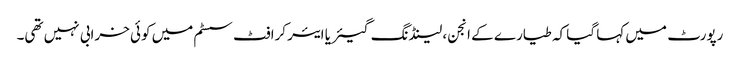
رپورٹ میں کہا گیا کہ طیارے کے انجن، لینڈنگ گیئر یا ایئر کرافٹ سسٹم میں کوئی خرابی نہیں تھی۔